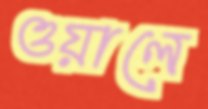
ওয়ালে